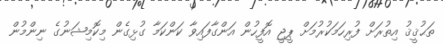
ތަޙުޤީޤު އިތުރަށް ފުރިހަމަކުރުމަށް ޕީޖީ އޮފީހުން އަންގާފައިވާ ކަންކަމާ ގުޅިގެން މިކޮމިޝަނުގެ ނިންމުން